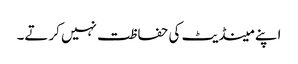
اپنے مینڈیٹ کی حفاظت نہیں کرتے۔